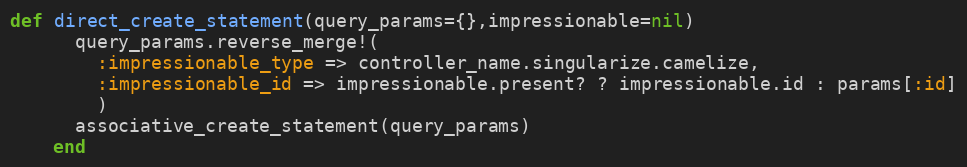
Language: Ruby
def direct_create_statement(query_params={},impressionable=nil)
      query_params.reverse_merge!(
        :impressionable_type => controller_name.singularize.camelize,
        :impressionable_id => impressionable.present? ? impressionable.id : params[:id]
        )
      associative_create_statement(query_params)
    end